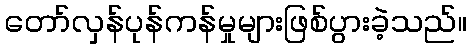
တော်လှန်ပုန်ကန်မှုများဖြစ်ပွားခဲ့သည်။